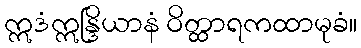
ဣဒံဣန္ဒြိယာနံ ဝိတ္ထာရကထာမုခံ။